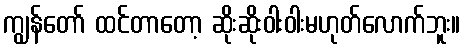
ကျွန်တော် ထင်တာတော့ ဆိုးဆိုးဝါးဝါးမဟုတ်လောက်ဘူး။